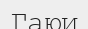
Гаюи